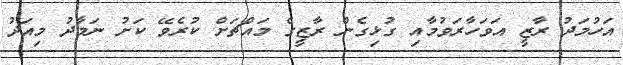
އަހުމަދު ރާޒީ އަވަހާރަވުމާއި ގުޅިގެން ރާޒީގެ މައްޗަށް ކުރެވޭ ކަށު ނަމާދު މިއަދު